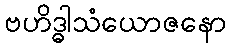
ဗဟိဒ္ဓါသံယောဇနော